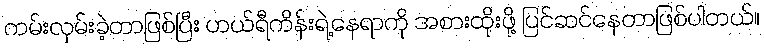
ကမ်းလှမ်းခဲ့တာဖြစ်ပြီး ဟယ်ရီကိန်းရဲ့နေရာကို အစားထိုးဖို့ ပြင်ဆင်နေတာဖြစ်ပါတယ်။